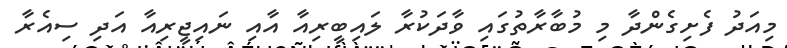
މިއަދު ފެށިގެންދާ މި މުބާރާތުގައި ވާދަކުރާ ލައިބީރިއާ އާއި ނައިޖީރިއާ އަދި ސިއެރާ